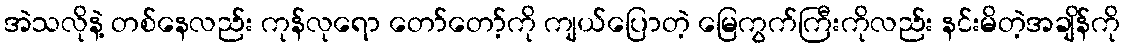
အဲသလိုနဲ့ တစ်နေလည်း ကုန်လုရော တော်တော့်ကို ကျယ်ပြောတဲ့ မြေကွက်ကြီးကိုလည်း နင်းမိတဲ့အချိန်ကို